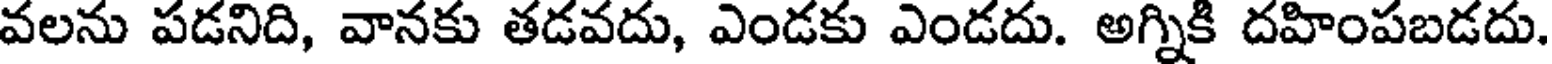
వలను పడనిది, వానకు తడవదు, ఎండకు ఎండదు. అగ్నికి దహింపబడదు.